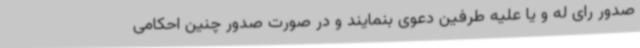
صدور رای له و یا علیه طرفین دعوی بنمایند و در صورت صدور چنین احکامی